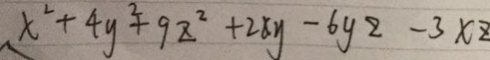
x ^ { 2 } + 4 y ^ { 2 } + 9 z ^ { 2 } + 2 x y - 6 y ^ { 2 } - 3 x z